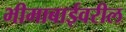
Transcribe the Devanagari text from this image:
भीमाबाईवरील